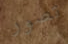
تصور